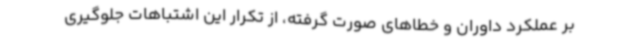
بر عملکرد داوران و خطاهای صورت گرفته، از تکرار این اشتباهات جلوگیری